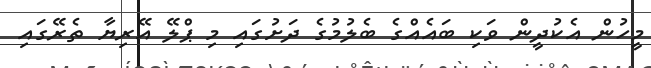
މީހުން އެެކުދީން ވަކި ބައެއްގެ ބެލުމުގެ ދަށުގައި މި ޕްލޭ އޭރިޔާ ތެރޭގައި